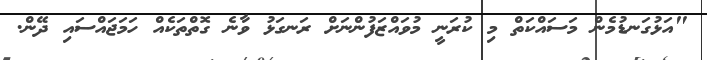
"އަޅުގަނޑުމެން މަސައްކަތް މި ކުރަނީ މުވައްޒަފުންނަށް ރަނގަޅު ވާނެ ގޮތްތަކެއް ހަމަޖަައްސައި ދޭން.